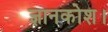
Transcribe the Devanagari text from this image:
ज्ञानकोश।